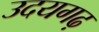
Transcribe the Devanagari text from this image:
उदयगढ़